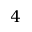
4